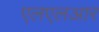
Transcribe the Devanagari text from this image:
एलएलआर